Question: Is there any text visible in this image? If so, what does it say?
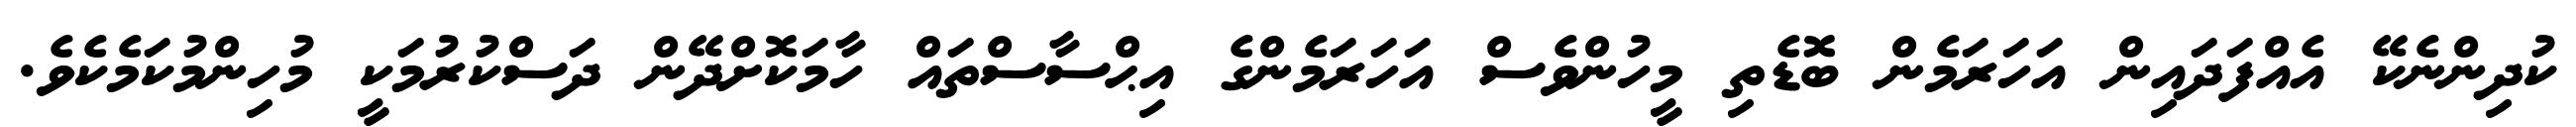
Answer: ކުދިންނެކޭ އެއްފަދައިން އަހަރަމެން ބޮޑެތި މީހުންވެސް އަހަރަމެންގެ އިޙްސާސްތައް ހާމަކޮށްދޭން ދަސްކުރުމަކީ މުހިންމުކަމެކެވެ.